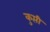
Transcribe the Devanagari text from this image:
कुप्ती